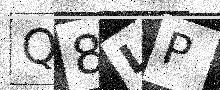
Text: Q8LP